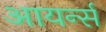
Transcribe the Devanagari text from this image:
आयर्न्स